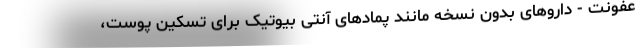
عفونت - داروهای بدون نسخه مانند پمادهای آنتی بیوتیک برای تسکین پوست،